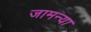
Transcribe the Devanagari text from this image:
जामन्या